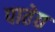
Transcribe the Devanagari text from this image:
पातेद्य